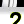
Digit: 2